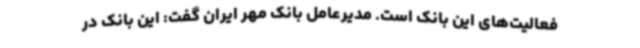
فعالیت‌های این بانک است. مدیرعامل بانک مهر ایران گفت: این بانک در